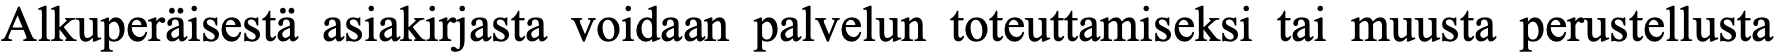
Alkuperäisestä asiakirjasta voidaan palvelun toteuttamiseksi tai muusta perustellusta